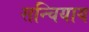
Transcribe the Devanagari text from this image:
सन्चियाय